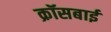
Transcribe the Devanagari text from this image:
क्रॉसबाई